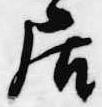
居